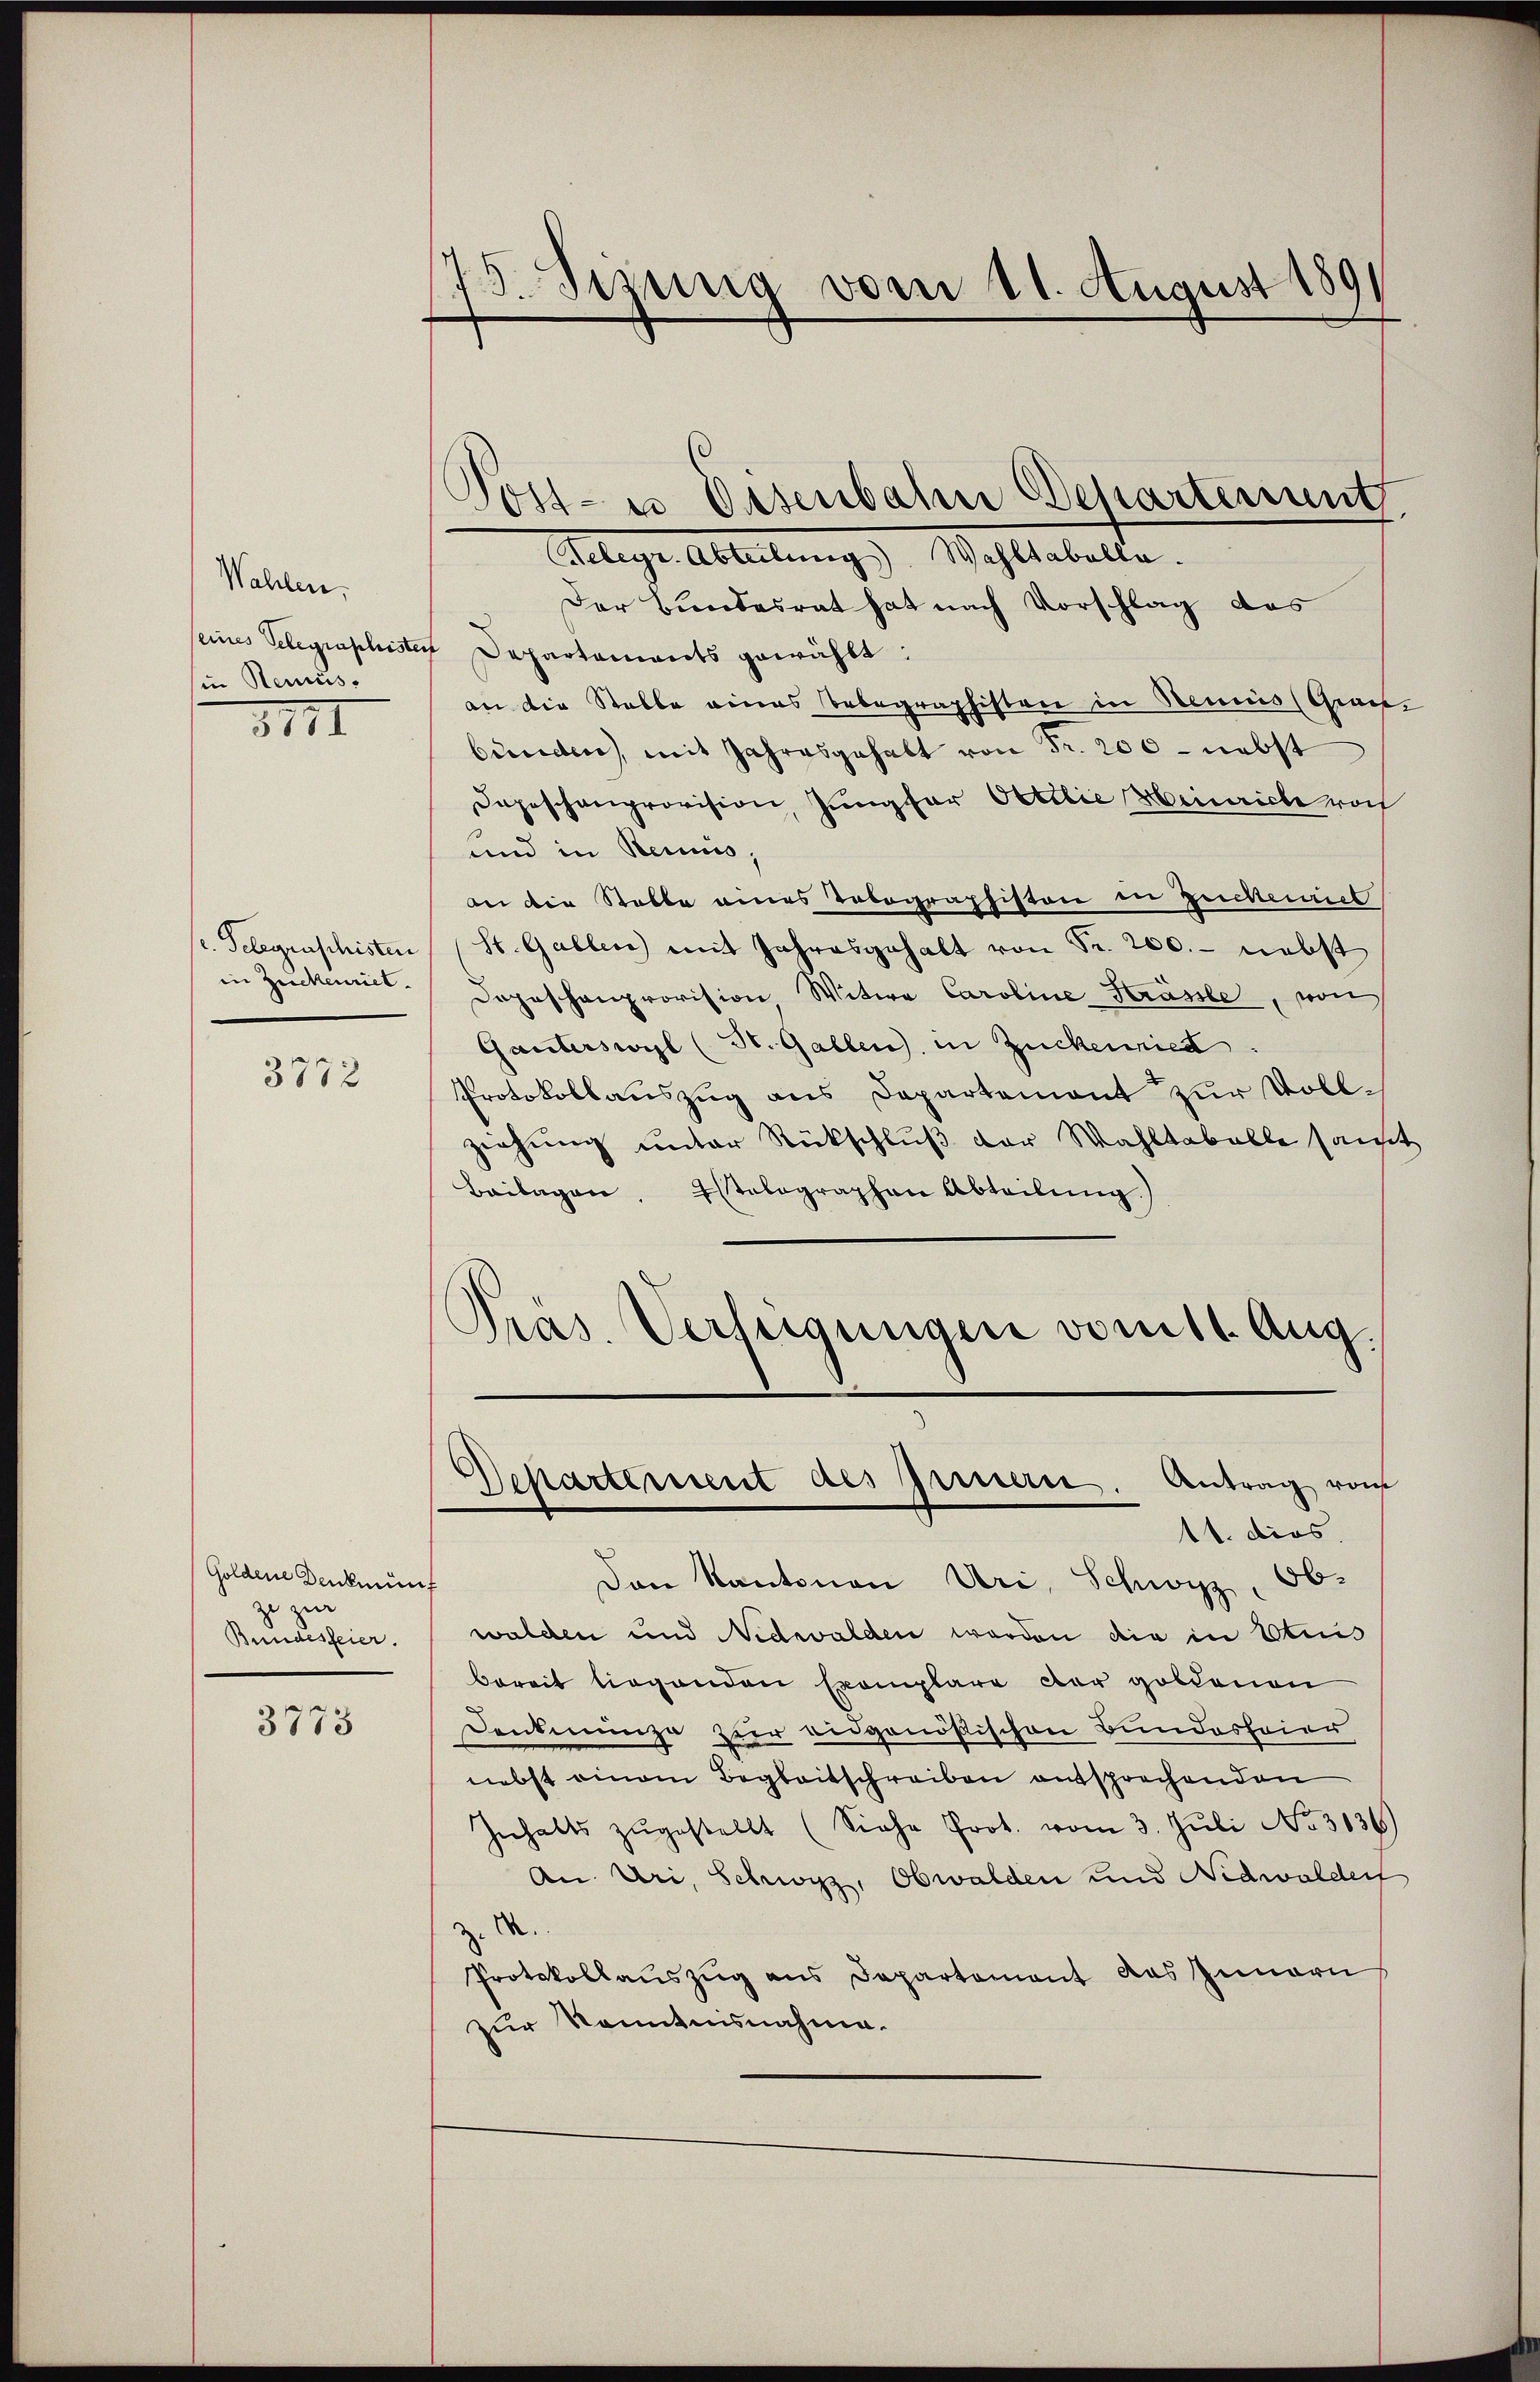
Wahlen.
in Renus.
8111

c. Gelegenschisten
in Zuckenriet.

3772

Goldene Denkmünf
ze zur
Bundesfeier.

3775

15 Sisung vom 11. August 1891
.
s
Sost- u Osenbahn Departement

Telegr. Abteilung. Wahltabella.
Der Bundesrat hat nach Vorschlag des
seines Gelegraphisten Departaments gewählt:
an die Stelle eines Telegraphisten in Neues Grau
bundere, mit Jahresgehalt von Fr. 200 - nebst
Depeschenprovision, Jungfer Ottilie Heinriche von
und in Reinis,
an die Stelle eines Tobographiston in Zuckemet
St. Gallen mit Jahresgehalt von Fr. 200. - nebst
Depeschenprovision Witwe Caroline Kräsle, von
Ganterswyl (St. Gallen, in Zuckenried
Protokollauszug aus Departement zur Voll-
ziehung unter Rückschluß der Wahltabelle sanst
Beilagen. Istelographen Abteilung.)
Pras. Verfügungen vom 11. Aug.

Separtement des Innern. Antrag vom
11. dies

Den Kantonen Uri, Schwyz, Ob-
walden und Nidwalden worden die in Etuis
bereit liegenden Exemplare der goldenen
Denkmünze zur eidgenößischen Bundesfeier
nebst einem Begleitschreiben entsprechenden
Inhalts zŭgestellt (Siehe Pro. vom 3. Jŭli No 3136)
An Uri, Schwyz, Obwalden und Nidwaldert
X.
Protokollauszug aus Departement das Innern
zur Kenntnisnahme.